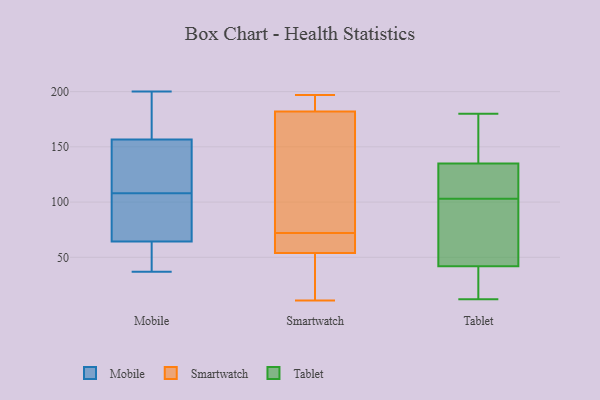
{"axis": {"x": "Headcount", "y": "Value"}, "legend": ["Mobile", "Smartwatch", "Tablet"], "data": [{"x": "", "y": 122, "type": "Mobile"}, {"x": "", "y": 42, "type": "Mobile"}, {"x": "", "y": 61, "type": "Mobile"}, {"x": "", "y": 126, "type": "Mobile"}, {"x": "", "y": 103, "type": "Mobile"}, {"x": "", "y": 37, "type": "Mobile"}, {"x": "", "y": 167, "type": "Mobile"}, {"x": "", "y": 117, "type": "Mobile"}, {"x": "", "y": 196, "type": "Mobile"}, {"x": "", "y": 200, "type": "Mobile"}, {"x": "", "y": 86, "type": "Mobile"}, {"x": "", "y": 74, "type": "Mobile"}, {"x": "", "y": 57, "type": "Mobile"}, {"x": "", "y": 193, "type": "Mobile"}, {"x": "", "y": 108, "type": "Mobile"}, {"x": "", "y": 68, "type": "Smartwatch"}, {"x": "", "y": 54, "type": "Smartwatch"}, {"x": "", "y": 67, "type": "Smartwatch"}, {"x": "", "y": 19, "type": "Smartwatch"}, {"x": "", "y": 163, "type": "Smartwatch"}, {"x": "", "y": 25, "type": "Smartwatch"}, {"x": "", "y": 163, "type": "Smartwatch"}, {"x": "", "y": 188, "type": "Smartwatch"}, {"x": "", "y": 94, "type": "Smartwatch"}, {"x": "", "y": 72, "type": "Smartwatch"}, {"x": "", "y": 197, "type": "Smartwatch"}, {"x": "", "y": 173, "type": "Smartwatch"}, {"x": "", "y": 186, "type": "Smartwatch"}, {"x": "", "y": 196, "type": "Smartwatch"}, {"x": "", "y": 11, "type": "Smartwatch"}, {"x": "", "y": 185, "type": "Smartwatch"}, {"x": "", "y": 54, "type": "Smartwatch"}, {"x": "", "y": 52, "type": "Smartwatch"}, {"x": "", "y": 70, "type": "Smartwatch"}, {"x": "", "y": 127, "type": "Tablet"}, {"x": "", "y": 33, "type": "Tablet"}, {"x": "", "y": 135, "type": "Tablet"}, {"x": "", "y": 143, "type": "Tablet"}, {"x": "", "y": 129, "type": "Tablet"}, {"x": "", "y": 70, "type": "Tablet"}, {"x": "", "y": 180, "type": "Tablet"}, {"x": "", "y": 42, "type": "Tablet"}, {"x": "", "y": 12, "type": "Tablet"}, {"x": "", "y": 79, "type": "Tablet"}]}